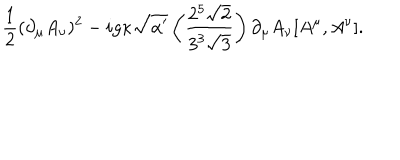
\frac { 1 } { 2 } ( \partial _ { \mu } A _ { \nu } ) ^ { 2 } - i g \kappa \sqrt { \alpha ^ { \prime } } \left( \frac { 2 ^ { 5 } \sqrt { 2 } } { 3 ^ { 3 } \sqrt { 3 } } \right) \partial _ { \mu } A _ { \nu } [ A ^ { \mu } , A ^ { \nu } ] .